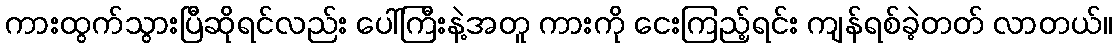
ကားထွက်သွားပြီဆိုရင်လည်း ပေါ်ကြီးနဲ့အတူ ကားကို ငေးကြည့်ရင်း ကျန်ရစ်ခဲ့တတ် လာတယ်။